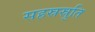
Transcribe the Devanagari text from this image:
सहस्रस्रुति